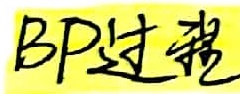
BP过程